Civil Veterinary Dept. Bombay admin report 1932-41 - 1932-1941
Year: 1932
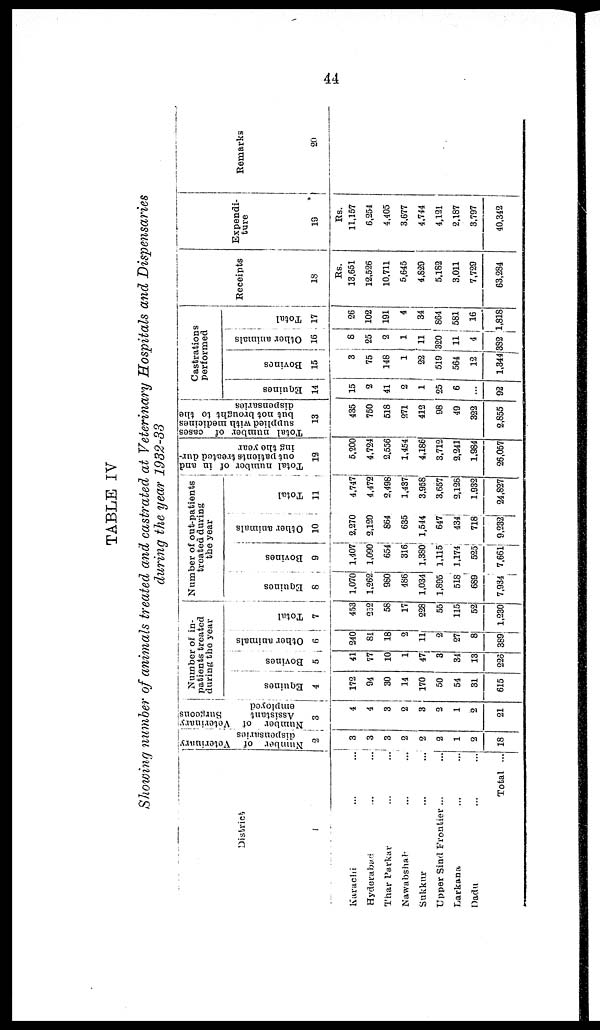
44
TABLE IV
Showing number of animals treated and castrated at Veterinary Hospitals and Dispensaries
during the year 1932-33
District
1
Karachi … …
Hyderabad ... ...
Thar Parkar ... ...
Nawabshah ... ...
Sukkur ... ...
Upper Sind Frontier... ...
Larkana ... ...
Dadu ... ...
Total ...
Number of Veterinary
dispensaries
2
3
3
3
2
2
2
1
2
18
Number of Veterinary
Assistant
Surgoons
employed
3
4
4
3
2
3
2
1
2
21
Number of in-
patients treated
during the year
Equines
4
172
94
30
14
170
50
54
31
615
Bovines
5
41
77
10
1
47
3
34
13
225
Other animals
6
240
81
18
2
11
2
27
8
389
Total
7
453
252
58
17
228
55
115
52
1,230
Number of out-patients
troated during
the year
Equines
8
1,070
1,262
980
486
1,034
1,895
518
689
7,934
Bovines
9
1,407
1,090
654
316
1,380
1,115
1,174
525
7,661
Other animals
10
2,270
2,120
864
635
1,544
647
434
718
9,232
Total
11
4,747
4,472
2,498
1,437
3,958
3,657
2,126
1,932
24,827
Total number of in and
out patients treated dur-
ing the year
12
5,200
4,724
2,556
1,454
4,186
3,712
2,241
1,984
26,057
Total number of cases
supplied with medicines
but not brought to the
dispensaries
13
435
750
518
271
412
98
49
322
2,855
Castrations
performed
Equines
14
15
2
41
2
1
25
6
...
92
Bovines
15
3
75
148
1
22
519
564
12
1,344
Other animals
16
8
25
2
1
11
320
11
4
382
Total
17
26
102
191
4
34
864
581
16
1,818
Receipts
18
Rs.
13,651
12,526
10,711
5,645
4,829
5,182
3,011
7,729
63,284
Expendi-
ture
19
Rs.
11,157
6,254
4,405
3,677
4,744
4,121
2,187
3,797
40,342
Remarks
20